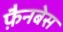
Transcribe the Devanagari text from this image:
फ़ैनबेस